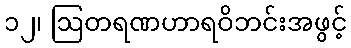
၁၂၊ ဩတရဏဟာရဝိဘင်းအဖွင့်